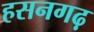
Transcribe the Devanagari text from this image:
हसनगढ़